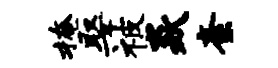
掩娶被焱紊